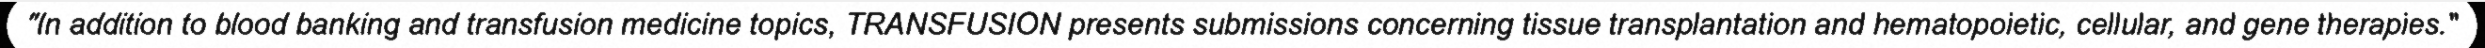
"In addition to blood banking and transfusion medicine topics, TRANSFUSION presents submissions concerning tissue transplantation and hematopoietic, cellular, and gene therapies."